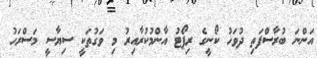
އަންނަ ބުރާސްފަތި ދުވަހު ކޯނީގެ ރިޕޯޓު އާންމުކުރާއިރު މި ވަގުތަކީ ސިޔާސީ މަސްރަހު